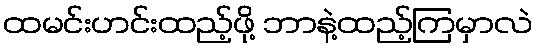
ထမင်းဟင်းထည့်ဖို့ ဘာနဲ့ထည့်ကြမှာလဲ